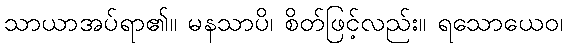
သာယာအပ်ရာ၏။ မနသာပိ၊ စိတ်ဖြင့်လည်း။ ရသောယေဝ၊